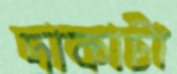
দাকাটা